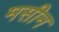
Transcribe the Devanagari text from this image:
मसीन